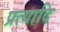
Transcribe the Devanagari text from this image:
प्रत्यादि